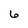
Character: 6